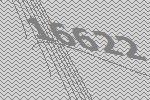
16622